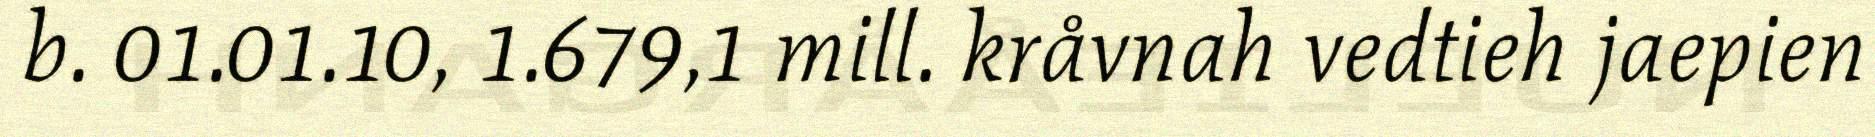
b. 01.01.10, 1.679,1 mill. kråvnah vedtieh jaepien